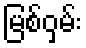
မြစ်ဝှမ်း